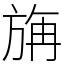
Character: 㫋